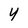
Character: 4